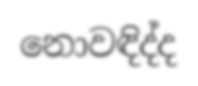
නොවඳිද්ද